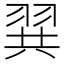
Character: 𮊾